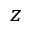
z